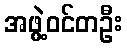
အဖွဲ့ဝင်တဦး